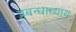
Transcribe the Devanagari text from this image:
प्रबन्धाध्याय